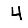
Digit: 4